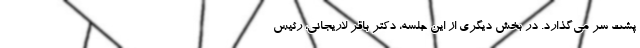
پشت سر می‌گذارد. در بخش دیگری از این جلسه، دکتر باقر لاریجانی، رئیس